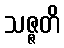
သဇ္ဇတိ